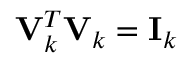
\mathbf { V } _ { k } ^ { T } \mathbf { V } _ { k } = \mathbf { I } _ { k }